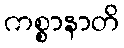
ကစ္စာနာတိ